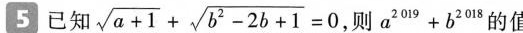
5已知$$\sqrt { a + 1 } + \sqrt { b ^ { 2 } - 2 b + 1 } = 0$$则$$a ^ { 2 0 1 9 } + b ^ { 2 0 1 8 }$$的值